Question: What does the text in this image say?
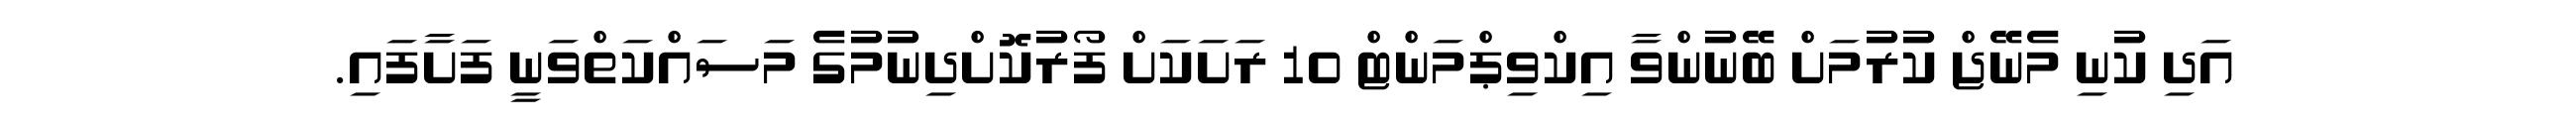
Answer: އަދި ކުނި މެނޭޖް ކުރުމަށް ބޭނުންވާ އިކްވިޕްމަންޓް 10 ރަށަކަށް ފޯރުކޮށްދިނުމުގެ މަސައްކަތްވަނީ ފަށާފައި.